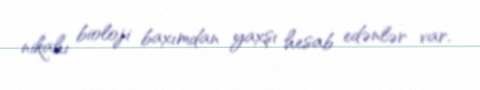
nikahı bioloji baxımdan yaxşı hesab edənlər var.